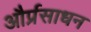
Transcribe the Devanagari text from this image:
और्प्रसाधन